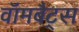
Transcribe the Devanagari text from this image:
वॉमबैट्स